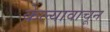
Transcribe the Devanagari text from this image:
केल्यावाचून